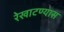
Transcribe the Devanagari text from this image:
रेखाटण्यास